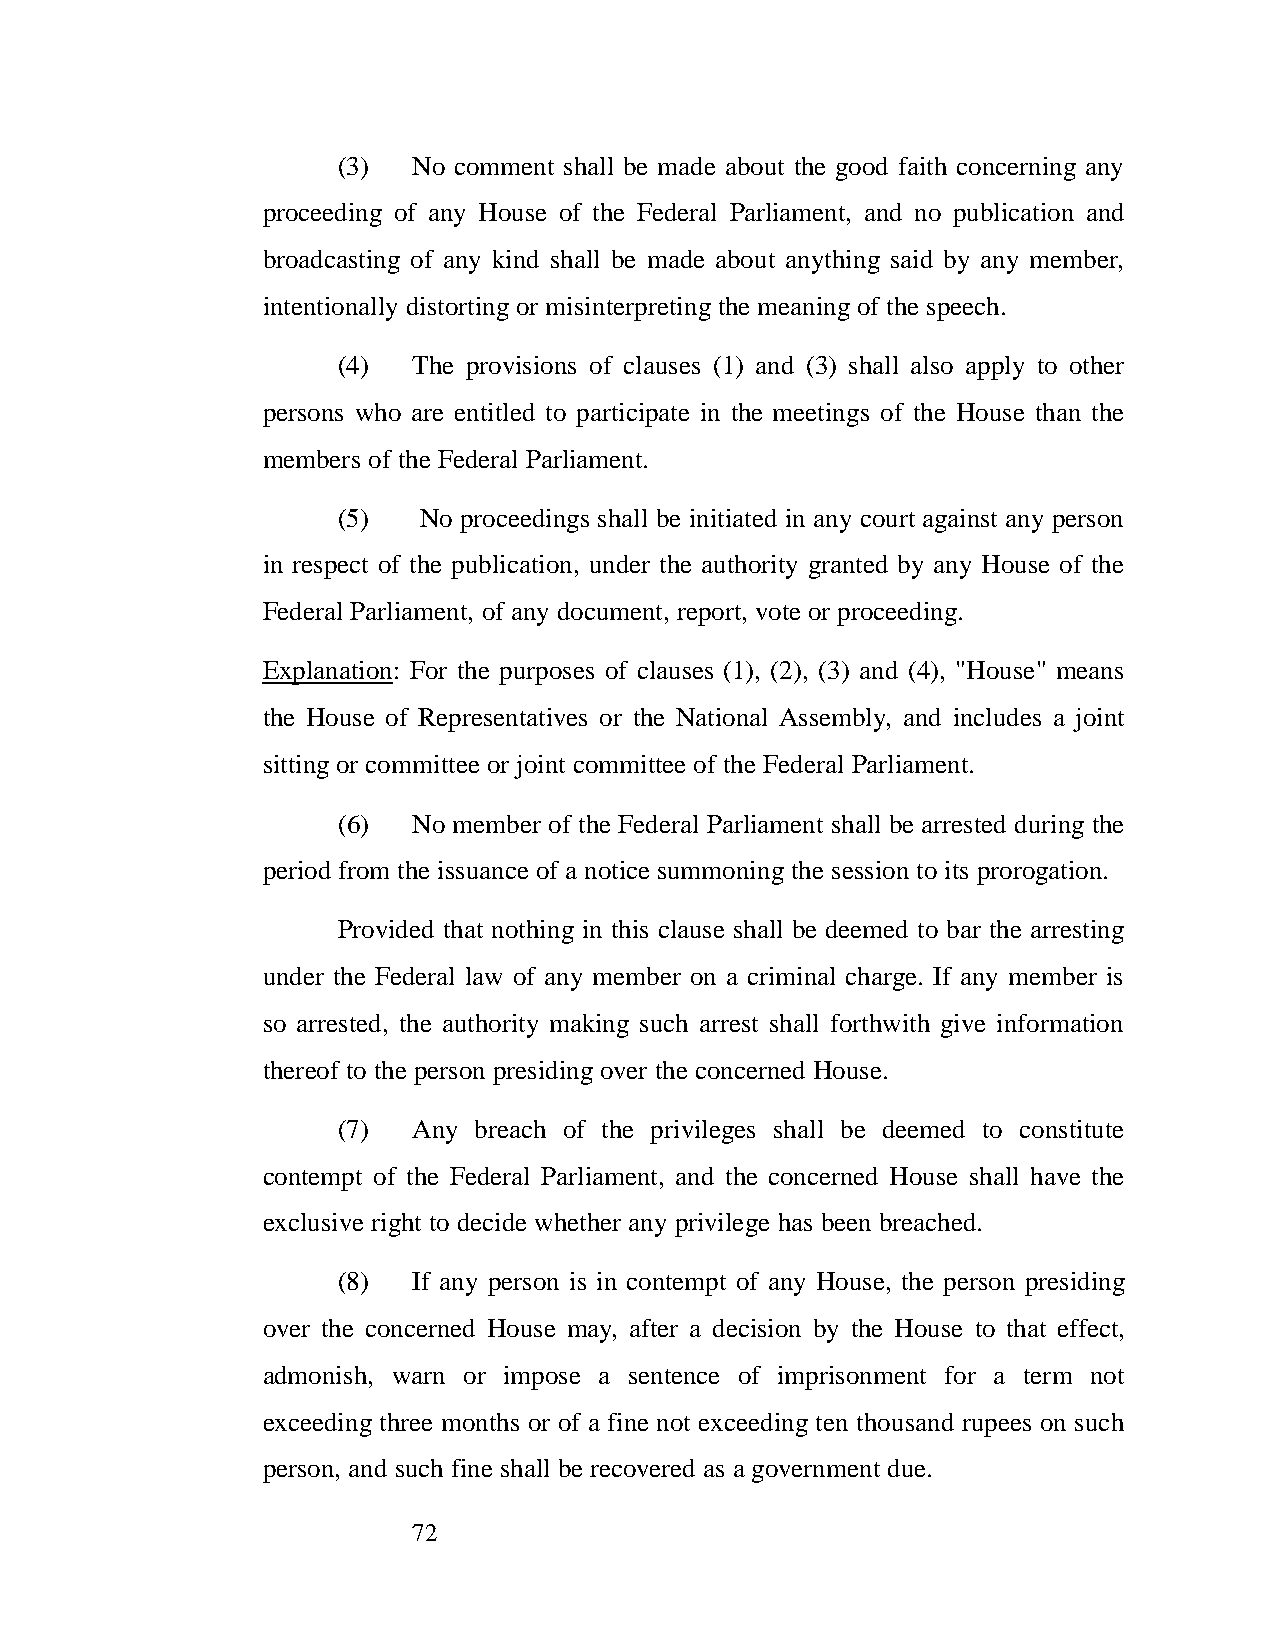
(3)  No comment shall be made about the good faith concerning any
 proceeding of any House of the Federal Parliament, and no publication and
 broadcasting of any kind shall be made about anything said by any member,
 intentionally distorting or misinterpreting the meaning of the speech.
 (4)  The provisions of clauses (1) and (3) shall also apply to other
 persons who are entitled to participate in the meetings of the House than the
 members of the Federal Parliament.
 (5)   No proceedings shall be initiated in any court against any person
 in respect of the publication, under the authority granted by any House of the
 Federal Parliament, of any document, report, vote or proceeding.
 Explanation: For the purposes of clauses (1), (2), (3) and (4), "House" means
 the House of Representatives or the National Assembly, and includes a joint
 sitting or committee or joint committee of the Federal Parliament.
 (6)  No member of the Federal Parliament shall be arrested during the
 period from the issuance of a notice summoning the session to its prorogation.
 Provided that nothing in this clause shall be deemed to bar the arresting
 under the Federal law of any member on a criminal charge. If any member is
 so arrested, the authority making such arrest shall forthwith give information
 thereof to the person presiding over the concerned House.
 (7)  Any breach of the privileges shall be deemed to constitute
 contempt of the Federal Parliament, and the concerned House shall have the
 exclusive right to decide whether any privilege has been breached.
 (8)  If any person is in contempt of any House, the person presiding
 over the concerned House may, after a decision by the House to that effect,
 admonish, warn or impose a sentence of imprisonment for a term not
 exceeding three months or of a fine not exceeding ten thousand rupees on such
 person, and such fine shall be recovered as a government due.
 72